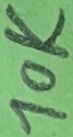
Text: 10K